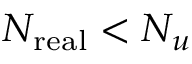
N _ { \mathrm { r e a l } } < N _ { u }